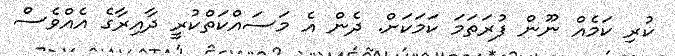
ކުރި ކަމެއް ނޫން ފުރަތަމަ ކަމަކަށް. ދެން އެ މަސައްކަތްކުރީ ދާއިރާގެ އެއްވެސް